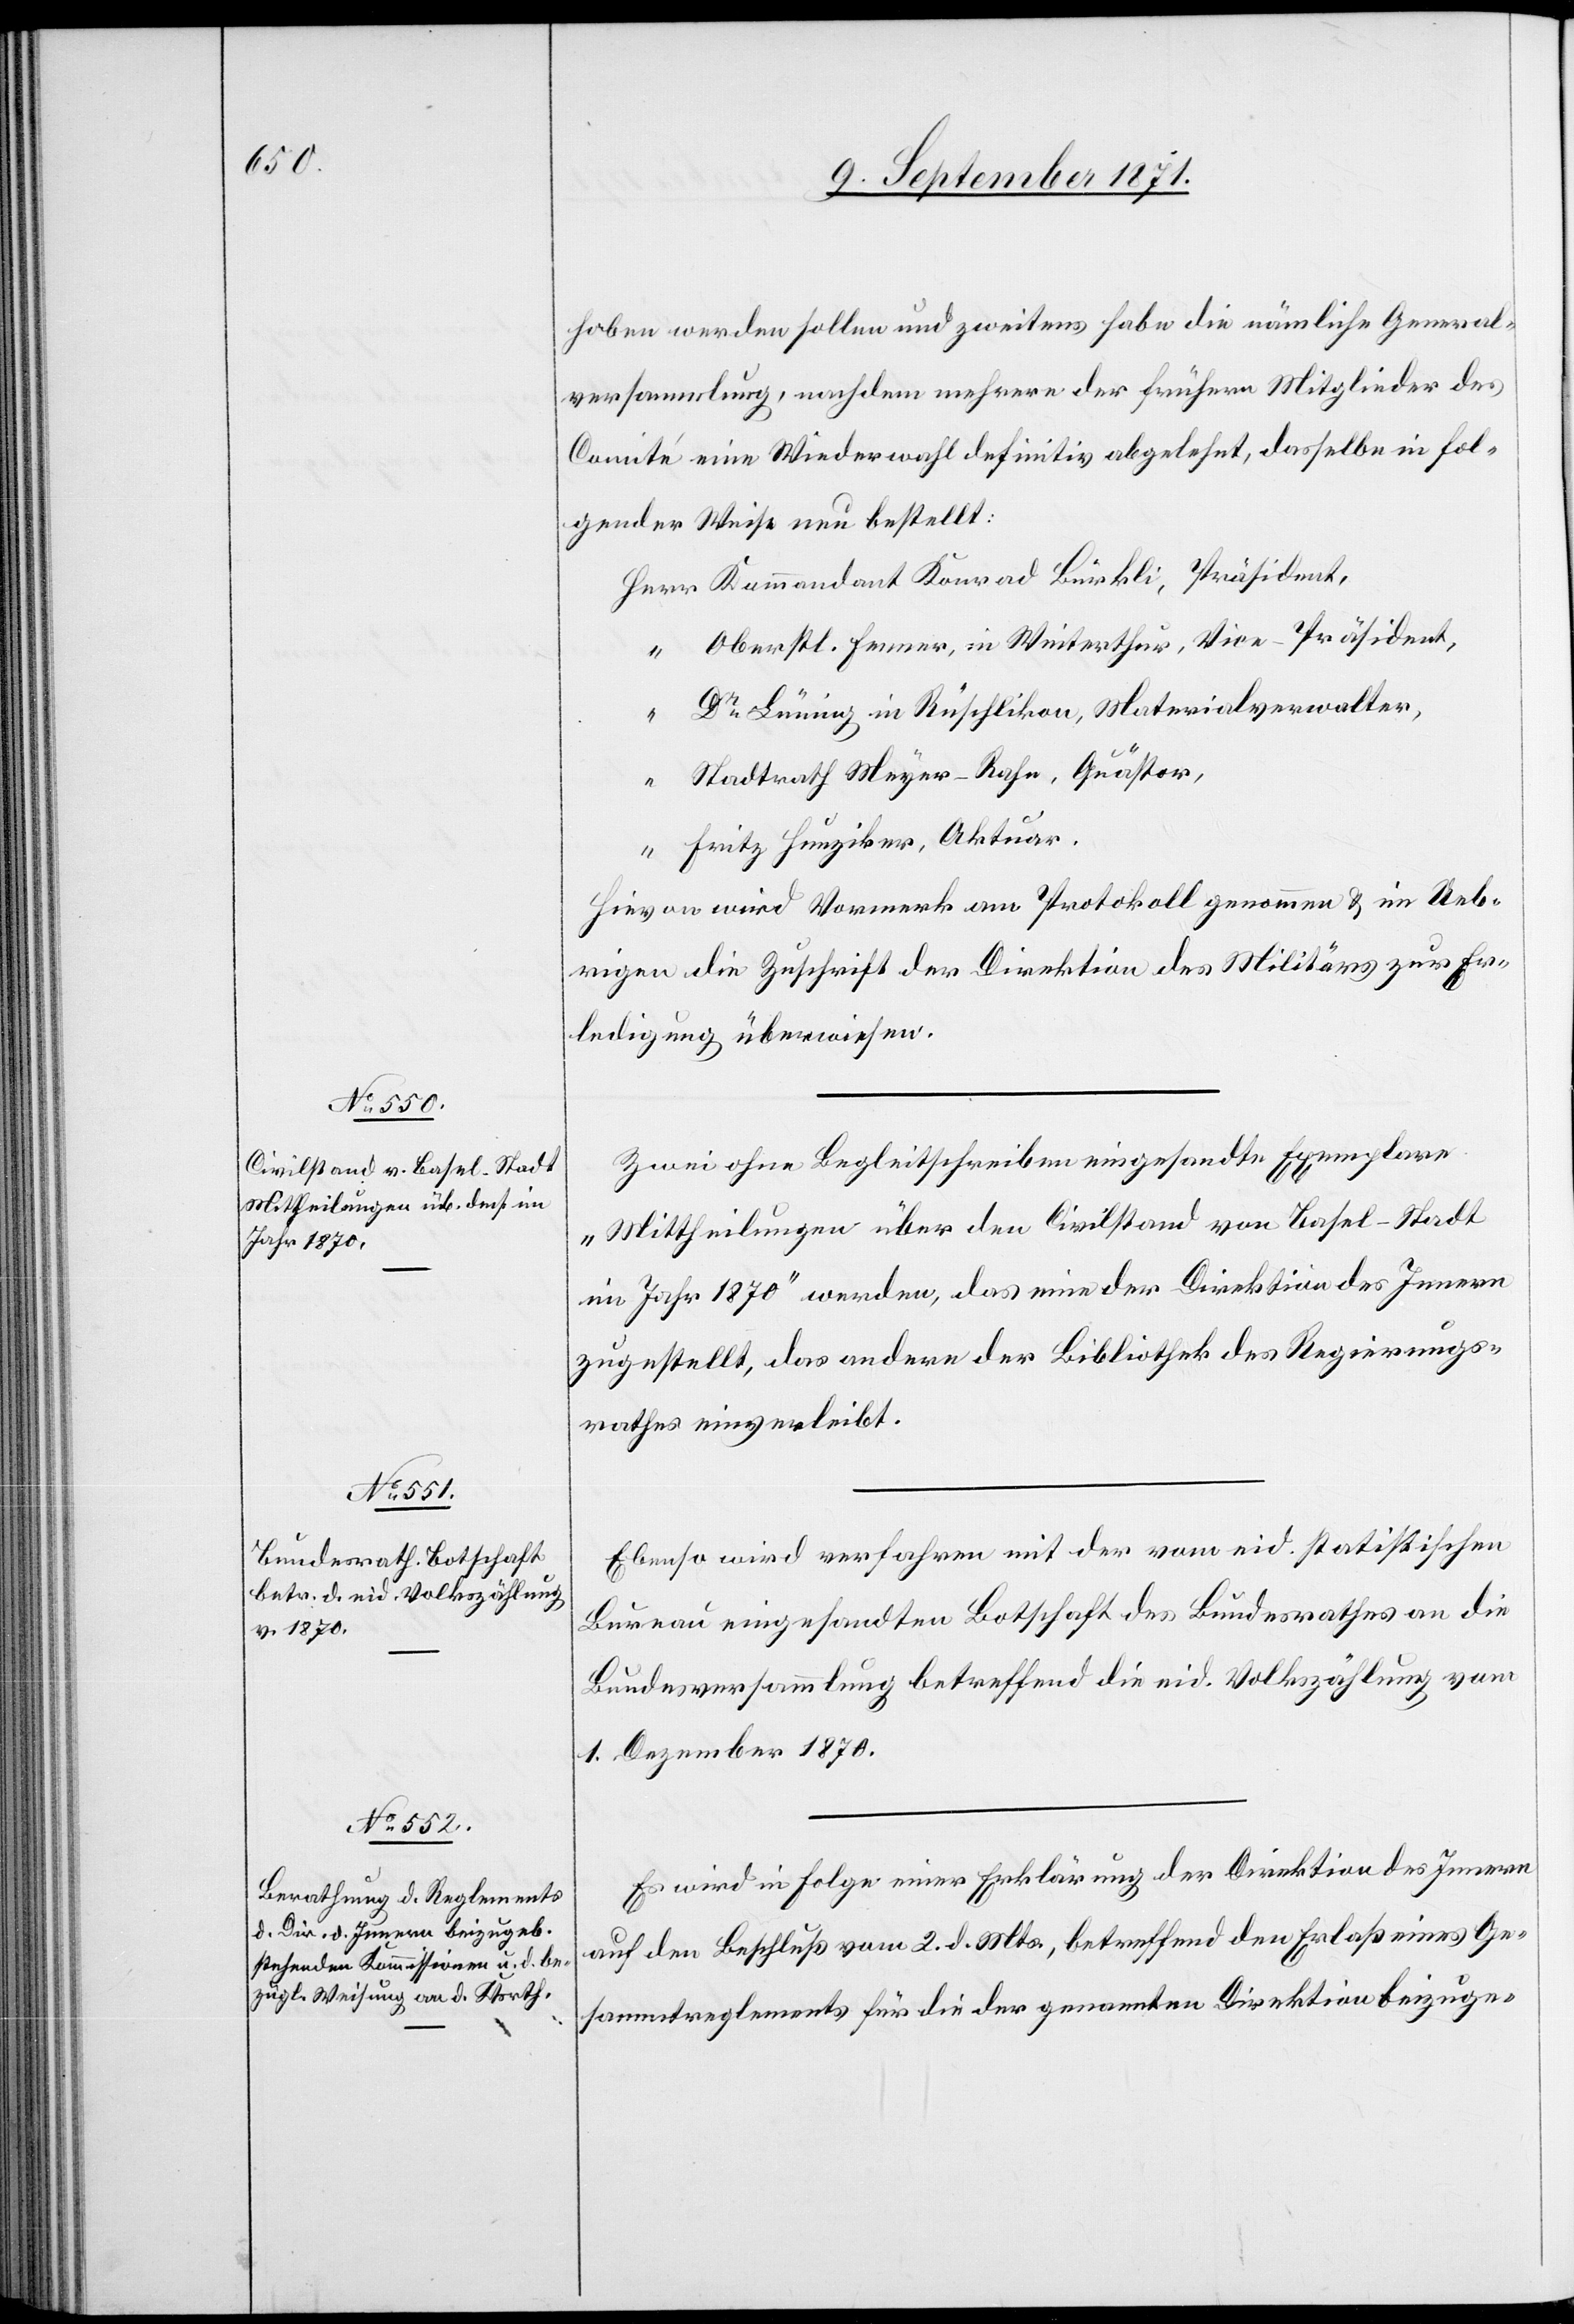
hoben werden sollen und zweitens habe die nämliche General¬
versammlung, nachdem mehrere der frühern Mitglieder des
Comité eine Wiederwahl definitiv abgelehnt, dasselbe in fol¬
gender Weise neu bestellt:
Kommandant Konrad Bürkli, Präsident,
Oberstl. Fenner, in Winterthur, Vice-Präsident,
Dr Lüning in Rüschlikon, Materialverwalter,
“
Stadtrath Meyer-Rahn, Quästor,
Fritz Hunziker, Aktuar.
Hirvon wird Vermerk am Protokoll genommen & im Ueb¬
rigen die Zuschrift der Direktion des Militärs zur Er¬
ledigung überwiesen.
Zwei ohne Begleitschreiben eingesandte Exemplare
„Mittheilungen über den Civilstand von Basel-Stadt
im Jahr 1870“ werden, das eine der Direktion des Innern
zugestellt, das andere der Bibliothek des Regierungs¬
rathes einverleibt.
Ebenso wird verfahren mit der vom eid. Statistischen
Bureau eingesandten Botschaft des Bundesrathes an die
Bundesversammlung betreffend die eid. Volkszählung vom
1. Dezember 1870.
Es wird in Folge einer Erklärung der Direktion des Innern
auf den Beschluß vom 2. d. Mts., betreffend den Erlaß eines Ge¬
sammtreglements für die der genannten Direktion beizuge-